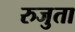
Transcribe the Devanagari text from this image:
रुजुता